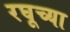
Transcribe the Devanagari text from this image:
रघूच्या